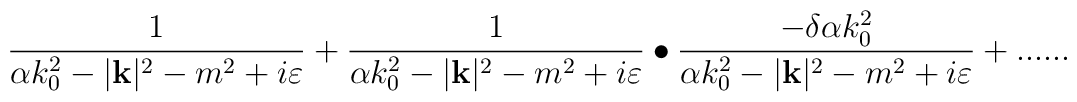
\frac{1}{\alpha k_{0}^{2}-|\mathbf{k}|^{2}-m^{2}+i\varepsilon }+\frac{1}{\alpha k_{0}^{2}-|\mathbf{k}|^{2}-m^{2}+i\varepsilon }\bullet \frac{-\delta \alpha k^{2}_{0}}{\alpha k_{0}^{2}-|\mathbf{k}|^{2}-m^{2}+i\varepsilon }+......